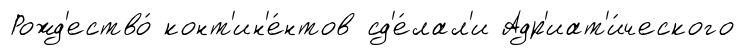
Рожд'ество́ конт'ин'е́нтов сд'е́лал'и Адр'иат'и́ческого